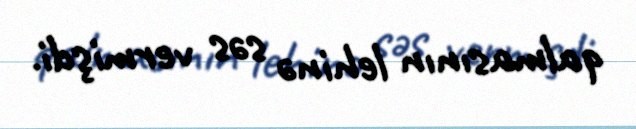
qalmasının lehinə səs vermişdi.